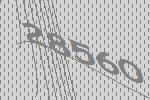
28560